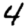
Digit: 4